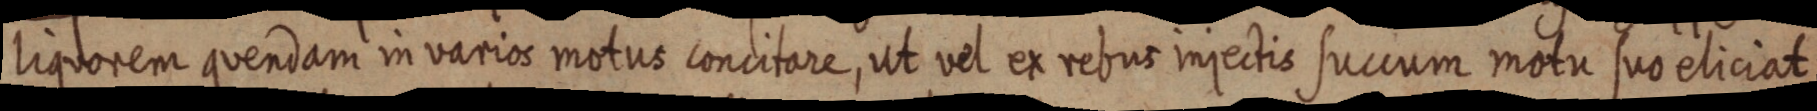
liquorem quendam in varios motus concitare, ut vel ex rebus injectis succum motu suo eliciat